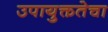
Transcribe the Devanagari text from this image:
उपायुक्ततेचा